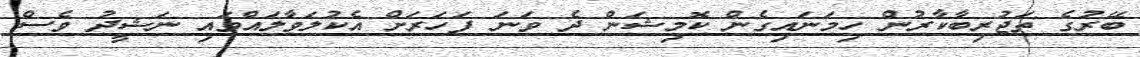
ބޭރުގެ ތަޖުރިބާކާރުން ހިމަނައިގެން ކޮމިޝަން ދެ ވަނަ ފަހަރަށް އެކުލަވާލައްވައި ނަޝީދު ވެސް